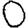
Digit: 0